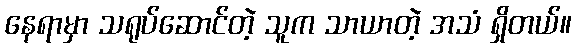
နေရာမှာ သရုပ်ဆောင်တဲ့ သူက သာယာတဲ့ အသံ ရှိတယ်။